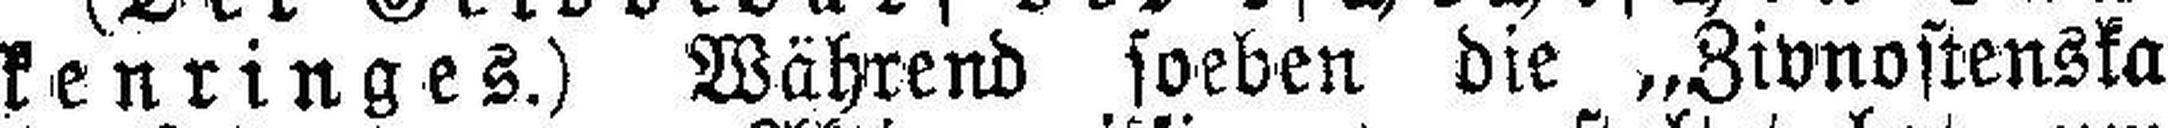
kenringes.) Während soeben die „Zivnostenska